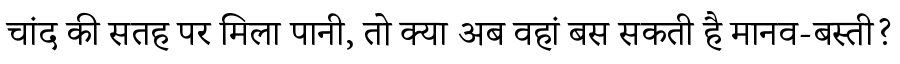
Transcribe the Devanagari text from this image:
चांद की सतह पर मिला पानी, तो क्या अब वहां बस सकती है मानव-बस्ती?